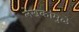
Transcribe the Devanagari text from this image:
लेखकांमुळे